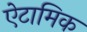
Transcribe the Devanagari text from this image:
ऐटामिक